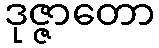
ဒုဇ္ဇာတော